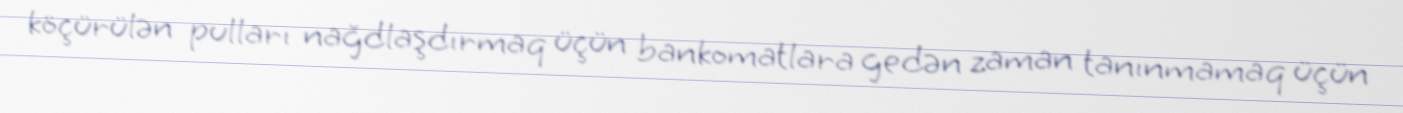
köçürülən pulları nağdlaşdırmaq üçün bankomatlara gedən zaman tanınmamaq üçün